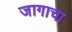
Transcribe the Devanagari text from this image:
जागाचा